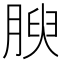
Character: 腴